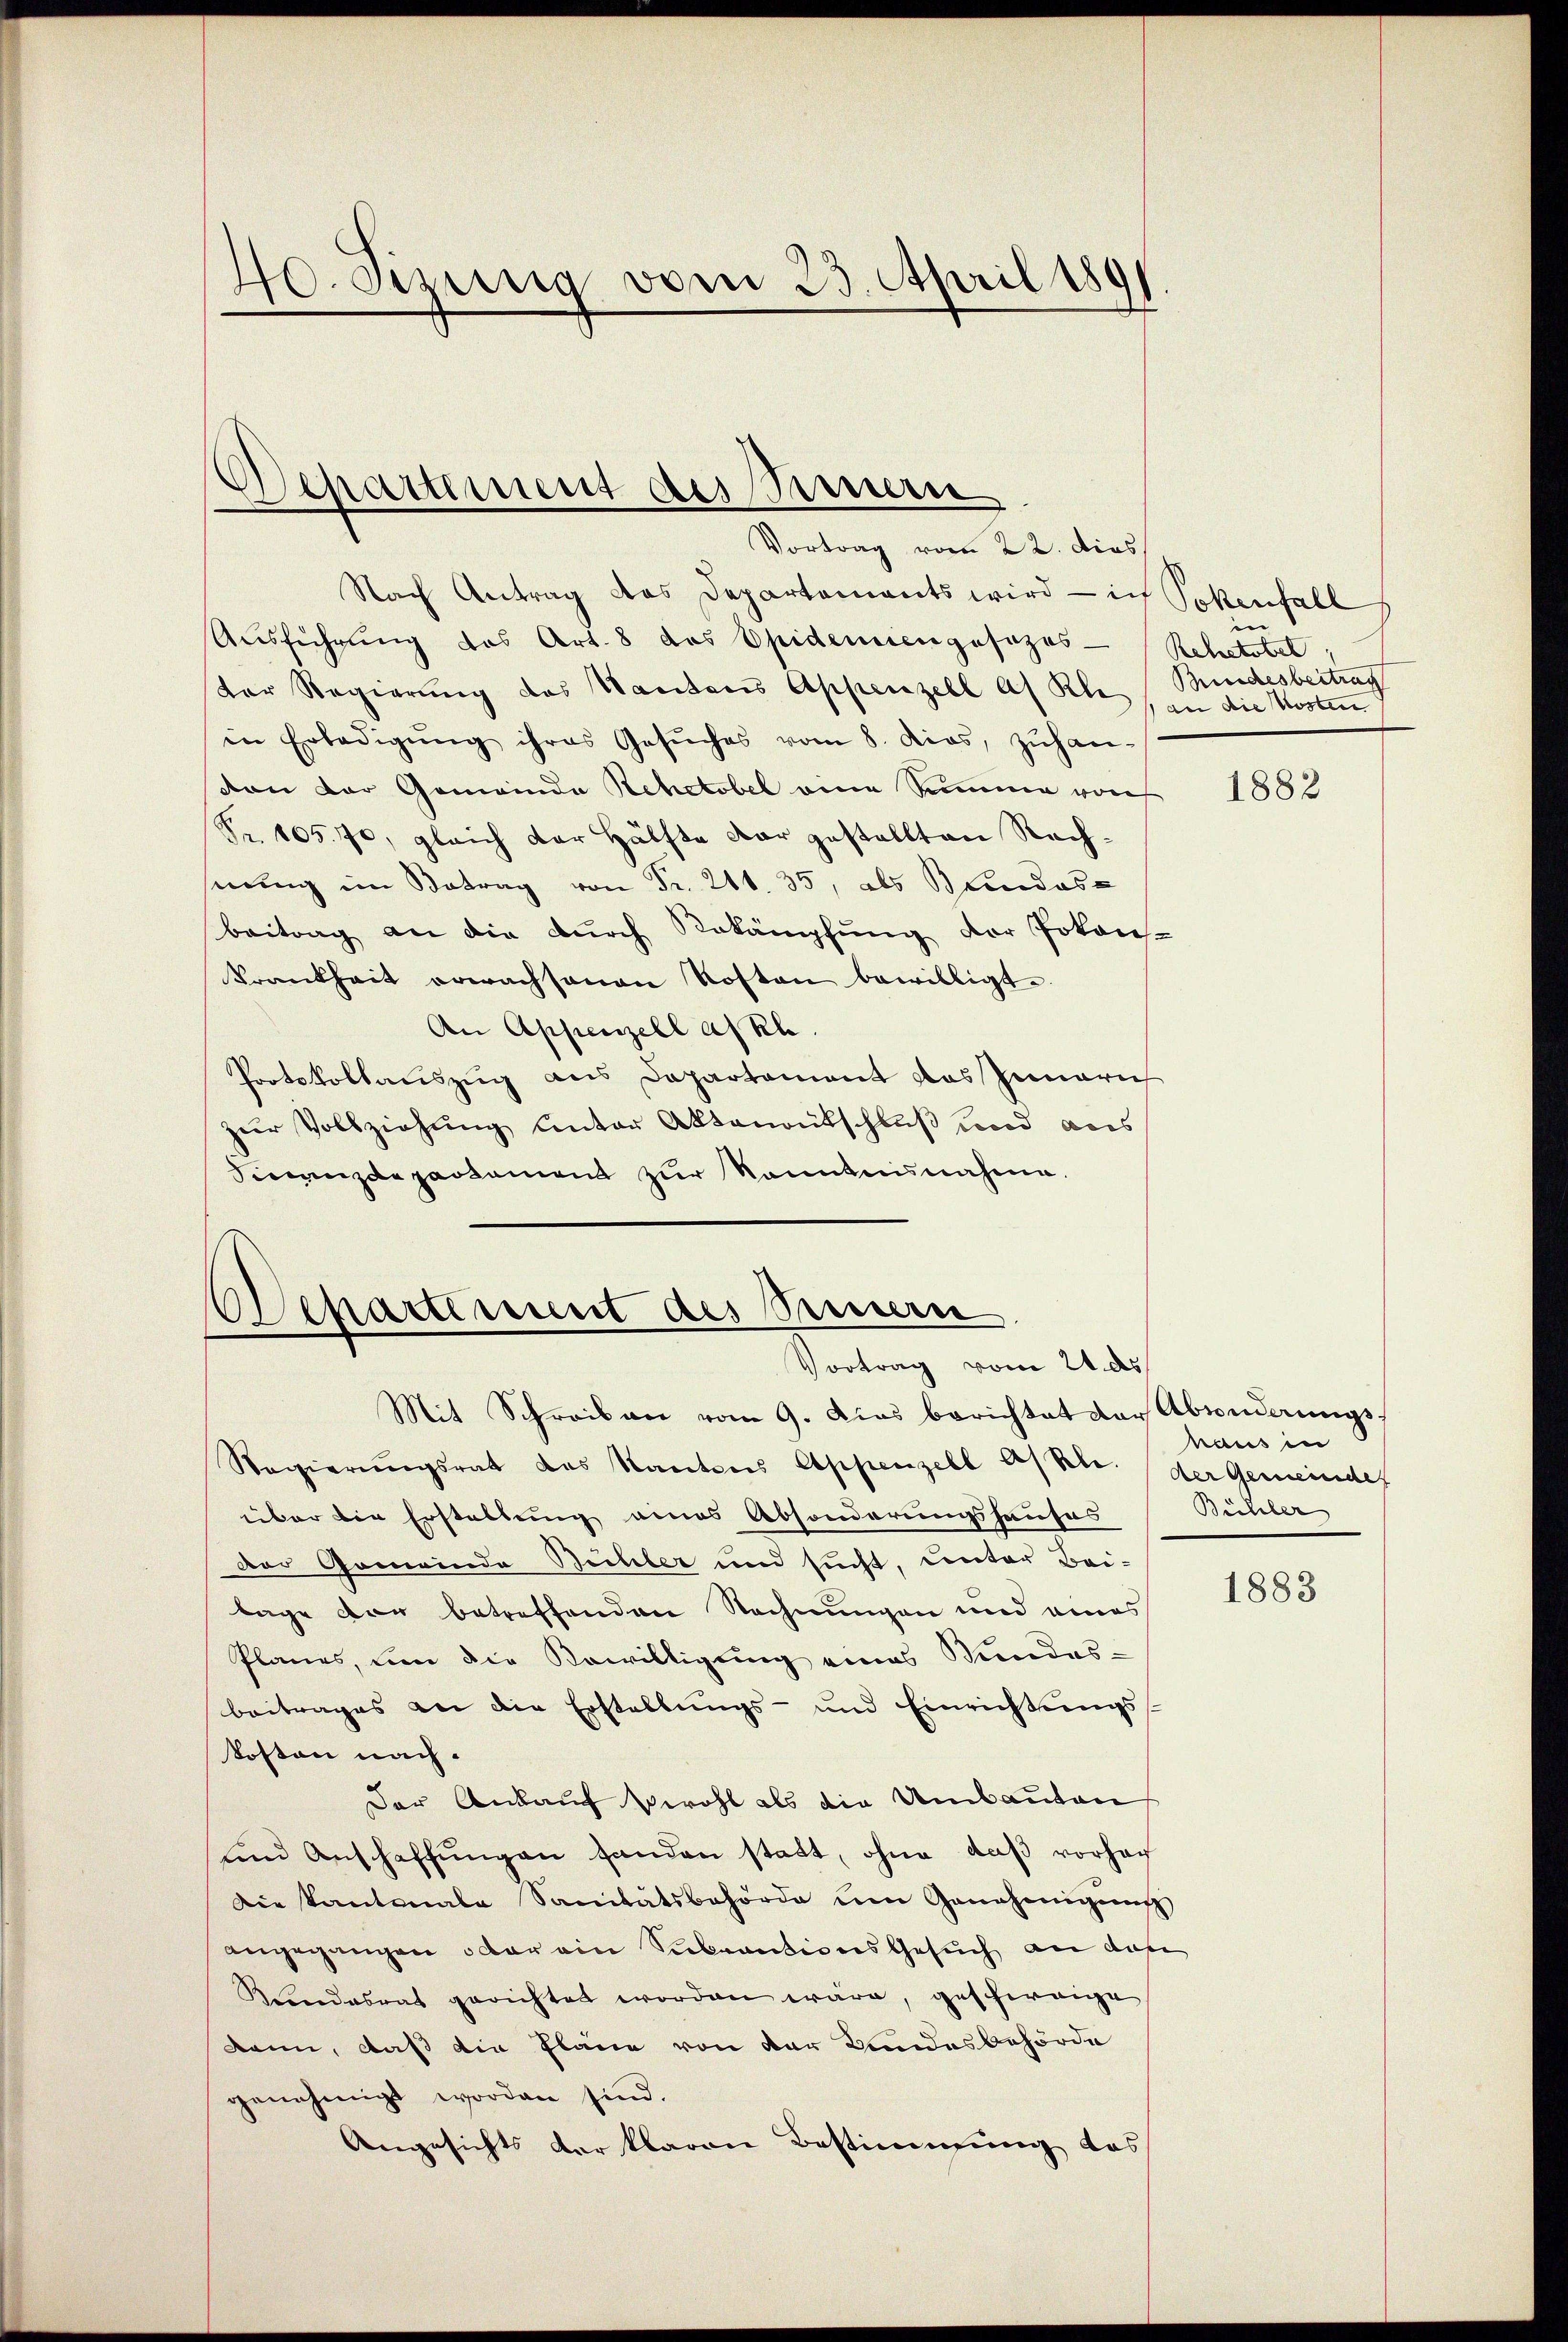
Nach Antrag das Departements wird - ich Pokenfall
Ausführung das Art. 8 des Epidemiengesezes-
dor Regierung des Kantons Appenzell als Kle Kindesbeitrag
in Erledigŭng ihres Gesŭches vom 8. dies, zŭhan-
von der Gemeinde Rchctobel eine Summe von
Nr. 105. 70, gleich der Hälfte dar gestellten Rechnung im Betrag von Fr. 211. 35, als Bundesbeitrag an die durch Bekämpfung der Pokans-
Krankheit erwachsanen Kosten bewilligt.
An Appenzell a/Rh.
Protokollauszug aus Departement das Innern
zur Vollziehung unter Aktenantschluß und aus
Finanzdepartament zur Kenntnisnahme.

40. Sizung vom 23. April 1891

Departement des Sinnern
Vortrag vom 22. dies

Departement des Sinnern
Vortrag vom 21. ds.

Mit Schreiben vom 9. Das berichtet der Absonderungs¬
Regierŭngsrat das Kantons Appenzell Asth. der Gemeindef
über die Erstellung eines Absonderungshauses
Der Gemeinde Buchler und sucht, unter Bei-
lage vor betreffenden Rechnungen und eines
Planes, um die Bewilligung eines Mendes-
beitrages an die Erstellungs- und Einrichtungskosten nach.
Der Ankauf sowohl als die Umbauten
und Anschaffŭngen handen statt, ohne daß vorhan
Die Kantonale Sanitätsbehörde um Genehmigŭng
angegangen oder ein Subeautions Gesuch an das
Kŭndesrat gerichtet worden wäre, geschweige
kann, daß die Pläne von der Landesbehörde
genehmigt worden sind.
Angesichts der klaron Bestimmung das

e
Rehetstel
an die Kosten

1882

haus in
Büchler

1883